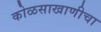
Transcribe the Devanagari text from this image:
कोळसाखाणीचा